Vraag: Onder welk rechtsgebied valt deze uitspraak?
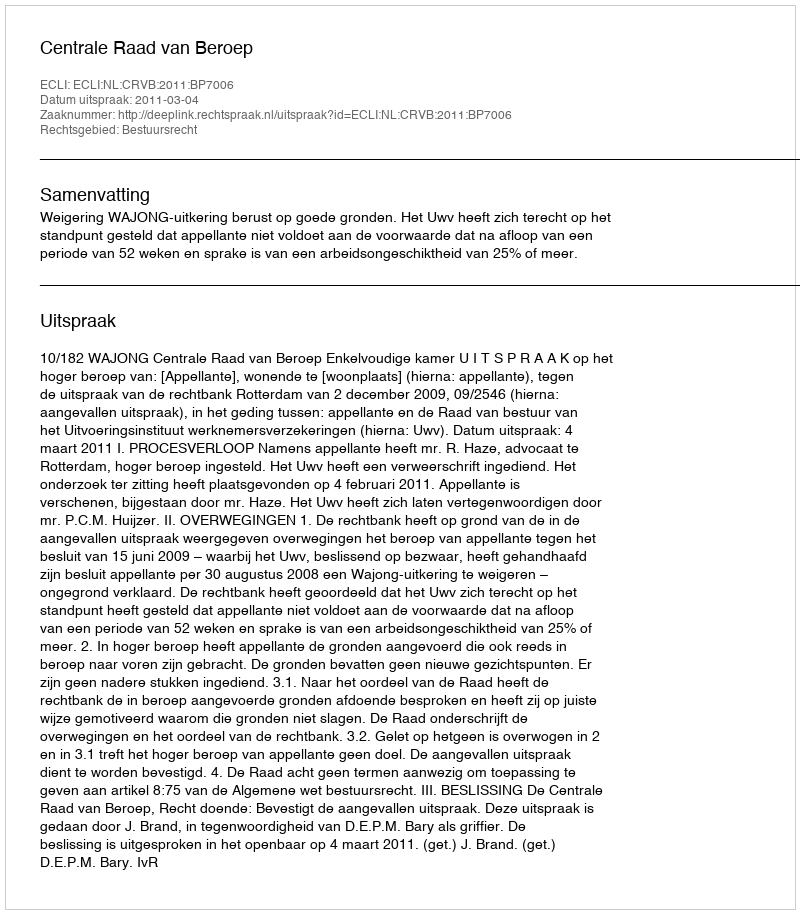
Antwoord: Bestuursrecht